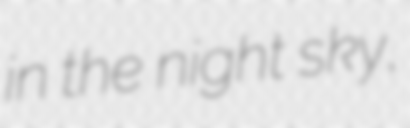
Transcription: in the night sky,